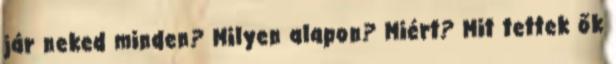
jár neked minden? Milyen alapon? Miért? Mit tettek ők